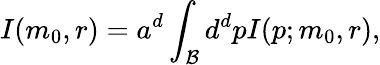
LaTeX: I(m_{0},r)=a^{d}\int_{\cal B}d^{d}pI(p;m_{0},r),